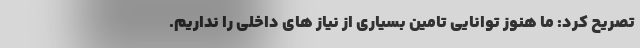
تصریح کرد: ما هنوز توانایی تامین بسیاری از نیاز های داخلی را نداریم.